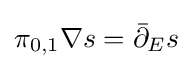
\pi _{0,1}\nabla s={\bar {\partial }}_{E}s